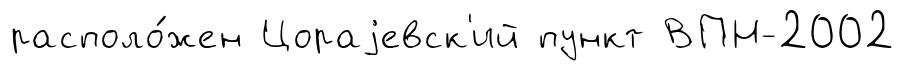
располо́жен Цораjевск'ий пункт ВПН-2002